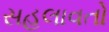
સહલાવતો